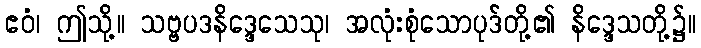
ဧဝံ၊ ဤသို့။ သဗ္ဗပဒနိဒ္ဒေသေသု၊ အလုံးစုံသောပုဒ်တို့၏ နိဒ္ဒေသတို့၌။